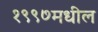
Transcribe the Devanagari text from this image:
१९९७मधील